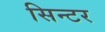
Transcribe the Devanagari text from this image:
सिन्टर